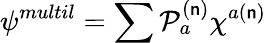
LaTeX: \psi^{multil}=\sum{\cal{P}}_{a}^{(\mathsf{n})}\chi^{a(\mathsf{n})}